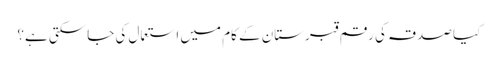
کیا صدقہ کی رقم قبرستان کے کام میں استعمال کی جاسکتی ہے؟